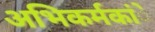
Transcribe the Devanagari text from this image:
अभिकर्मकांे